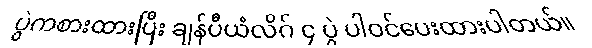
ပွဲကစားထားပြီး ချန်ပီယံလိဂ် ၄ ပွဲ ပါဝင်ပေးထားပါတယ်။